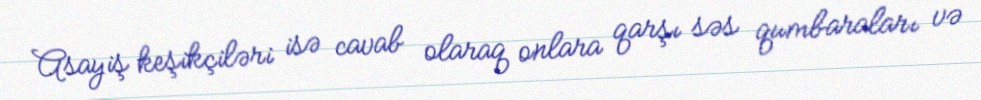
Asayiş keşikçiləri isə cavab olaraq onlara qarşı səs qumbaraları və